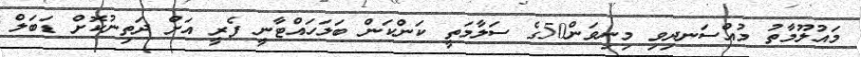
މައުލޫމާތު މުއްސަނދިވި މިނިވަން50ގެ ސަލާމަތީ ކަންކަން ބަލަހައްޓާނީ ފެރީ އަށް ދަތިނުކޮށް ޑަބަލް